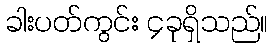
ခါးပတ်ကွင်း ၄ခုရှိသည်။